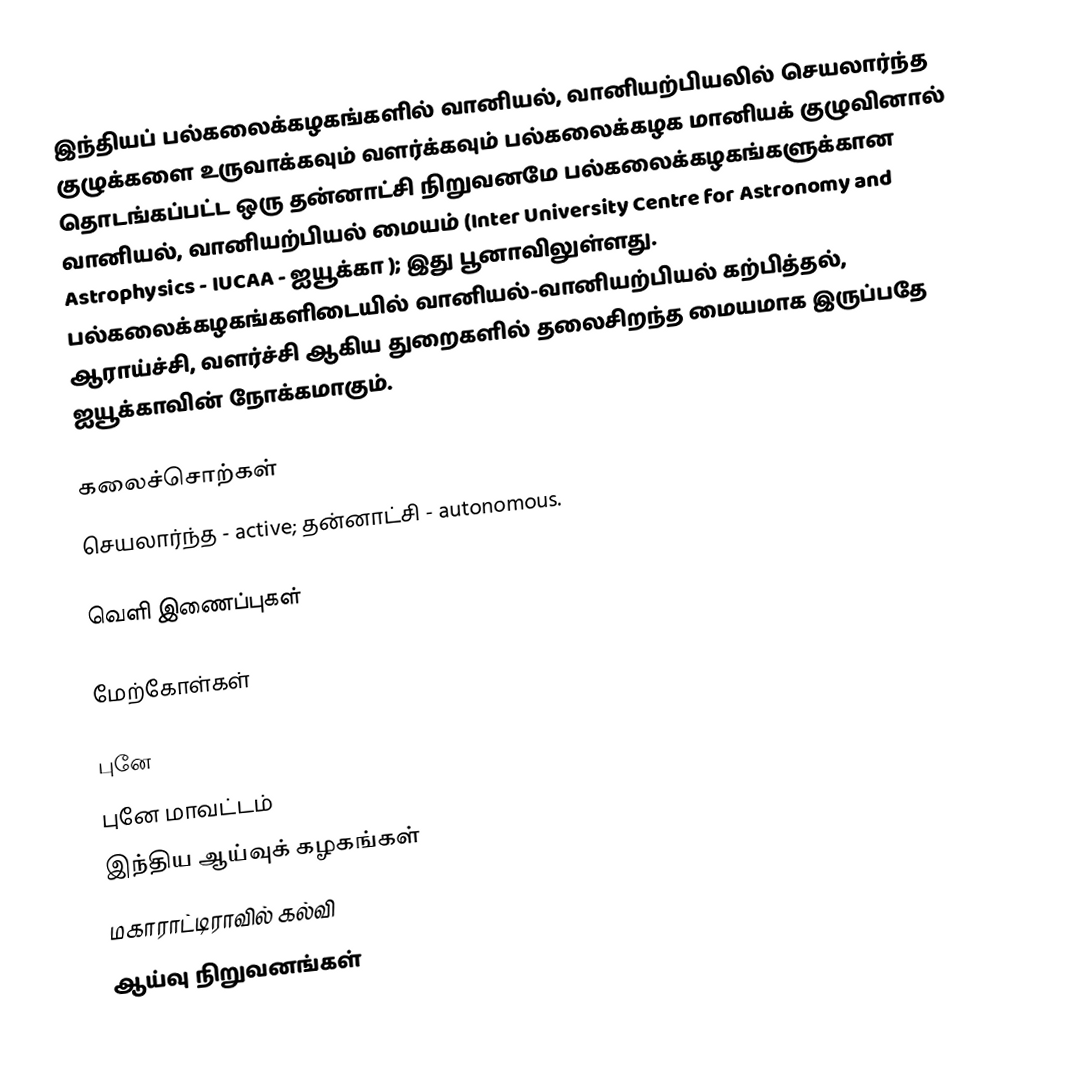
இந்தியப் பல்கலைக்கழகங்களில் வானியல், வானியற்பியலில் செயலார்ந்த குழுக்களை உருவாக்கவும் வளர்க்கவும் பல்கலைக்கழக மானியக் குழுவினால் தொடங்கப்பட்ட ஒரு தன்னாட்சி நிறுவனமே பல்கலைக்கழகங்களுக்கான வானியல், வானியற்பியல் மையம் (Inter University Centre for Astronomy and Astrophysics - IUCAA - ஐயூக்கா ); இது பூனாவிலுள்ளது. பல்கலைக்கழகங்களிடையில் வானியல்-வானியற்பியல் கற்பித்தல், ஆராய்ச்சி, வளர்ச்சி ஆகிய துறைகளில் தலைசிறந்த மையமாக இருப்பதே ஐயூக்காவின் நோக்கமாகும்.

கலைச்சொற்கள்
 செயலார்ந்த - active; தன்னாட்சி - autonomous.

வெளி இணைப்புகள்

மேற்கோள்கள்

புனே
புனே மாவட்டம்
இந்திய ஆய்வுக் கழகங்கள்
மகாராட்டிராவில் கல்வி
ஆய்வு நிறுவனங்கள்